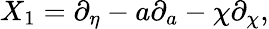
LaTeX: X_{1}=\partial_{\eta}-a\partial_{a}-\chi\partial_{\chi},